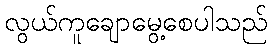
လွယ်ကူချောမွေ့စေပါသည်